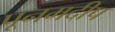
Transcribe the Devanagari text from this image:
पूनमदीप